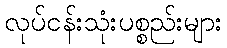
လုပ်ငန်းသုံးပစ္စည်းများ